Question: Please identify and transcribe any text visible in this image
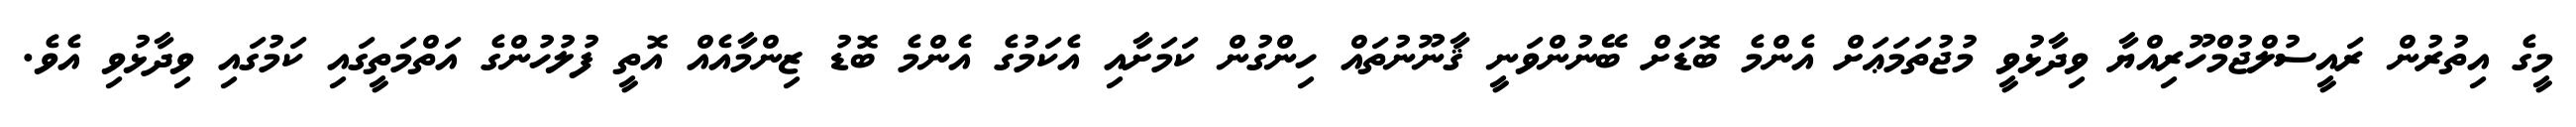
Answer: މީގެ އިތުރުން ރައީސުލްޖުމްހޫރިއްޔާ ވިދާޅުވީ މުޖުތަމަޢަށް އެންމެ ބޮޑަށް ބޭނުންވަނީ ޤާނޫނުތައް ހިންގުން ކަމަށާއި އެކަމުގެ އެންމެ ބޮޑު ޒިންމާއެއް އޮތީ ފުލުހުންގެ އަތްމަތީގައި ކަމުގައި ވިދާޅުވި އެވެ.